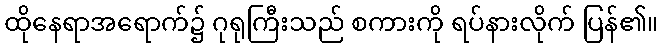
ထိုနေရာအရောက်၌ ဂုရုကြီးသည် စကားကို ရပ်နားလိုက် ပြန်၏။